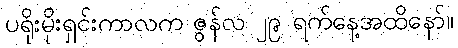
ပရိုးမိုးရှင်းကာလက ဇွန်လ ၂၉ ရက်နေ့အထိနော်။